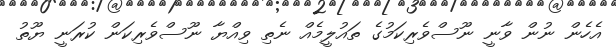
އެހެން ނުން ވާނީ ނޫސްވެރިކަމުގެ ތައުލީމެއްް ނެތި ވިއްޔާ ނޫސްވެރިކަން ކުރަނީ ޔޫތު